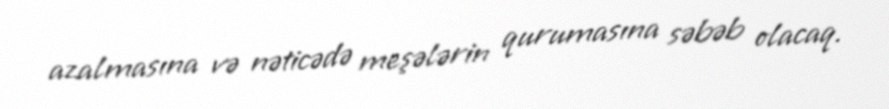
azalmasına və nəticədə meşələrin qurumasına səbəb olacaq.